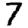
Digit: 7